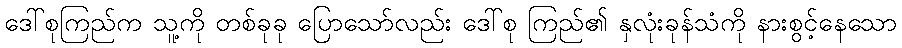
ဒေါ်စုကြည်က သူ့ကို တစ်ခုခု ပြောသော်လည်း ဒေါ်စု ကြည်၏ နှလုံးခုန်သံကို နားစွင့်နေသော